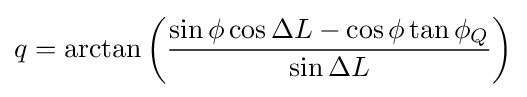
q=\arctan \left({\frac {\sin \phi \cos \Delta L-\cos \phi \tan \phi _{Q}}{\sin \Delta L}}\right)